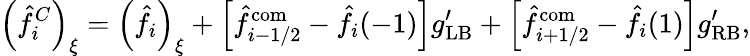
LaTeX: \left(\hat{f}_{i}^{C}\right)_{\xi}=\left(\hat{f}_{i}\right)_{\xi}+\left[\hat{f}_{i-1/2}^{\mathrm{com}}-\hat{f}_{i}(-1)\right]g_{\mathrm{LB}}^{\prime}+\left[\hat{f}_{i+1/2}^{\mathrm{com}}-\hat{f}_{i}(1)\right]g_{\mathrm{RB}}^{\prime},